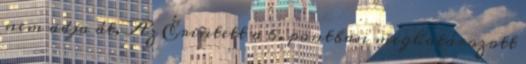
nem adja át. Az Érintett a 6. pontban meghatározott